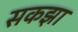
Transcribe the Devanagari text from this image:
सकझा